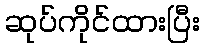
ဆုပ်ကိုင်ထားပြီး